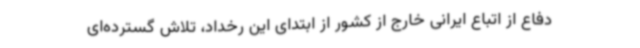
دفاع از اتباع ایرانی خارج از کشور از ابتدای این رخداد، تلاش گسترده‌ای